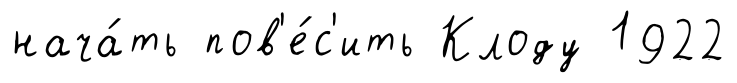
нача́ть пов'е́с'ить Клоду 1922